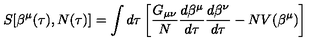
S [ \beta ^ { \mu } ( \tau ) , N ( \tau ) ] = \int d \tau \left[ \frac { G _ { \mu \nu } } { N } \frac { d \beta ^ { \mu } } { d \tau } \frac { d \beta ^ { \nu } } { d \tau } - N V ( \beta ^ { \mu } ) \right]